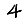
Digit: 4